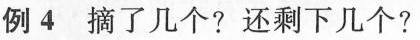
例4摘了几个？还剩下几个？